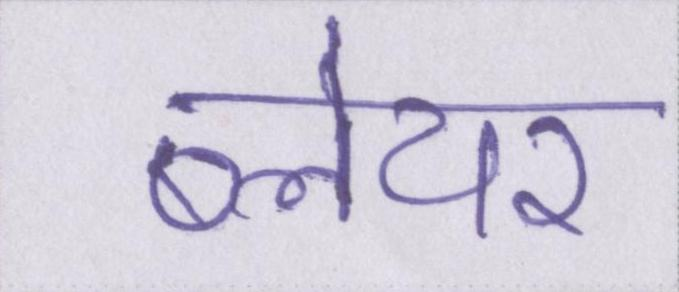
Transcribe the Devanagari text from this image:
ब्लेयर